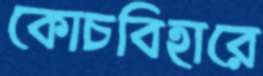
কোচবিহারে